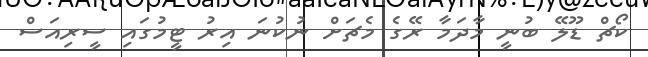
ކޯޗް ޑޫލޭ ބުނީ މާދަމާ ރޭގެ މެޗަށް ނުކުނަ އިރު ޓީމުގައި ސީރިއަސް